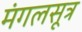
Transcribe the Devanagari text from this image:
मंगलसूत्र